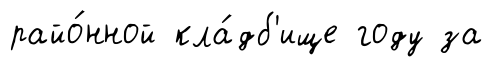
райо́нной кла́дб'ище году за